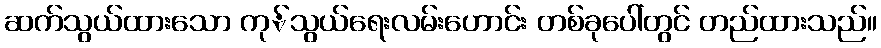
ဆက်သွယ်ထားသော ကု်သွယ်ရေးလမ်းဟောင်း တစ်ခုပေါ်တွင် တည်ထားသည်။